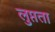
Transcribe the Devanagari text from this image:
लुप्तता